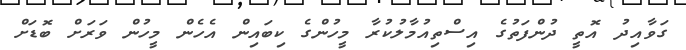
ގަވާއިދު އޮތީ ދުންފަތުގެ އިސްތިއުމާލުކުރާ މީހުންގެ ކިބައިން އެހެން މީހުން ވަރަށް ބޮޑަށް